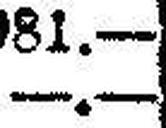
—.—